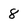
Character: 8